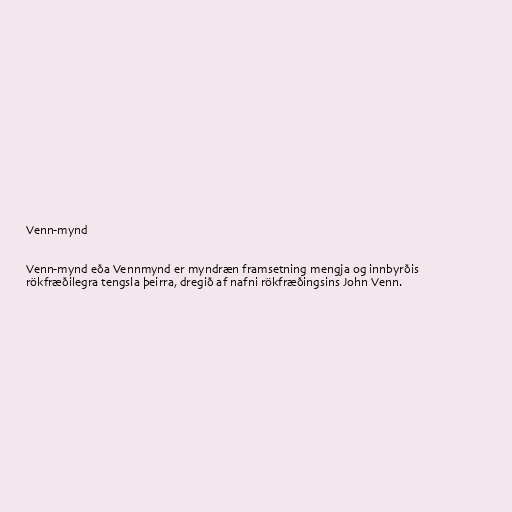
Venn-mynd

Venn-mynd eða Vennmynd er myndræn framsetning mengja og innbyrðis
rökfræðilegra tengsla þeirra, dregið af nafni rökfræðingsins John Venn.